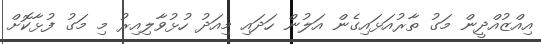
އިއްޒުއްދީން މަގު ތާރުއަޅައިގެން އަލުން ހަދައި މިއަދު ހުޅުވާލިއިރު މި މަގު ފުޅާކޮށް